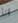
انا